Bréfritari: Lárus Bjarnason
Dagsetning: A-1875-01-18
Skrifað á: Vesturheimi

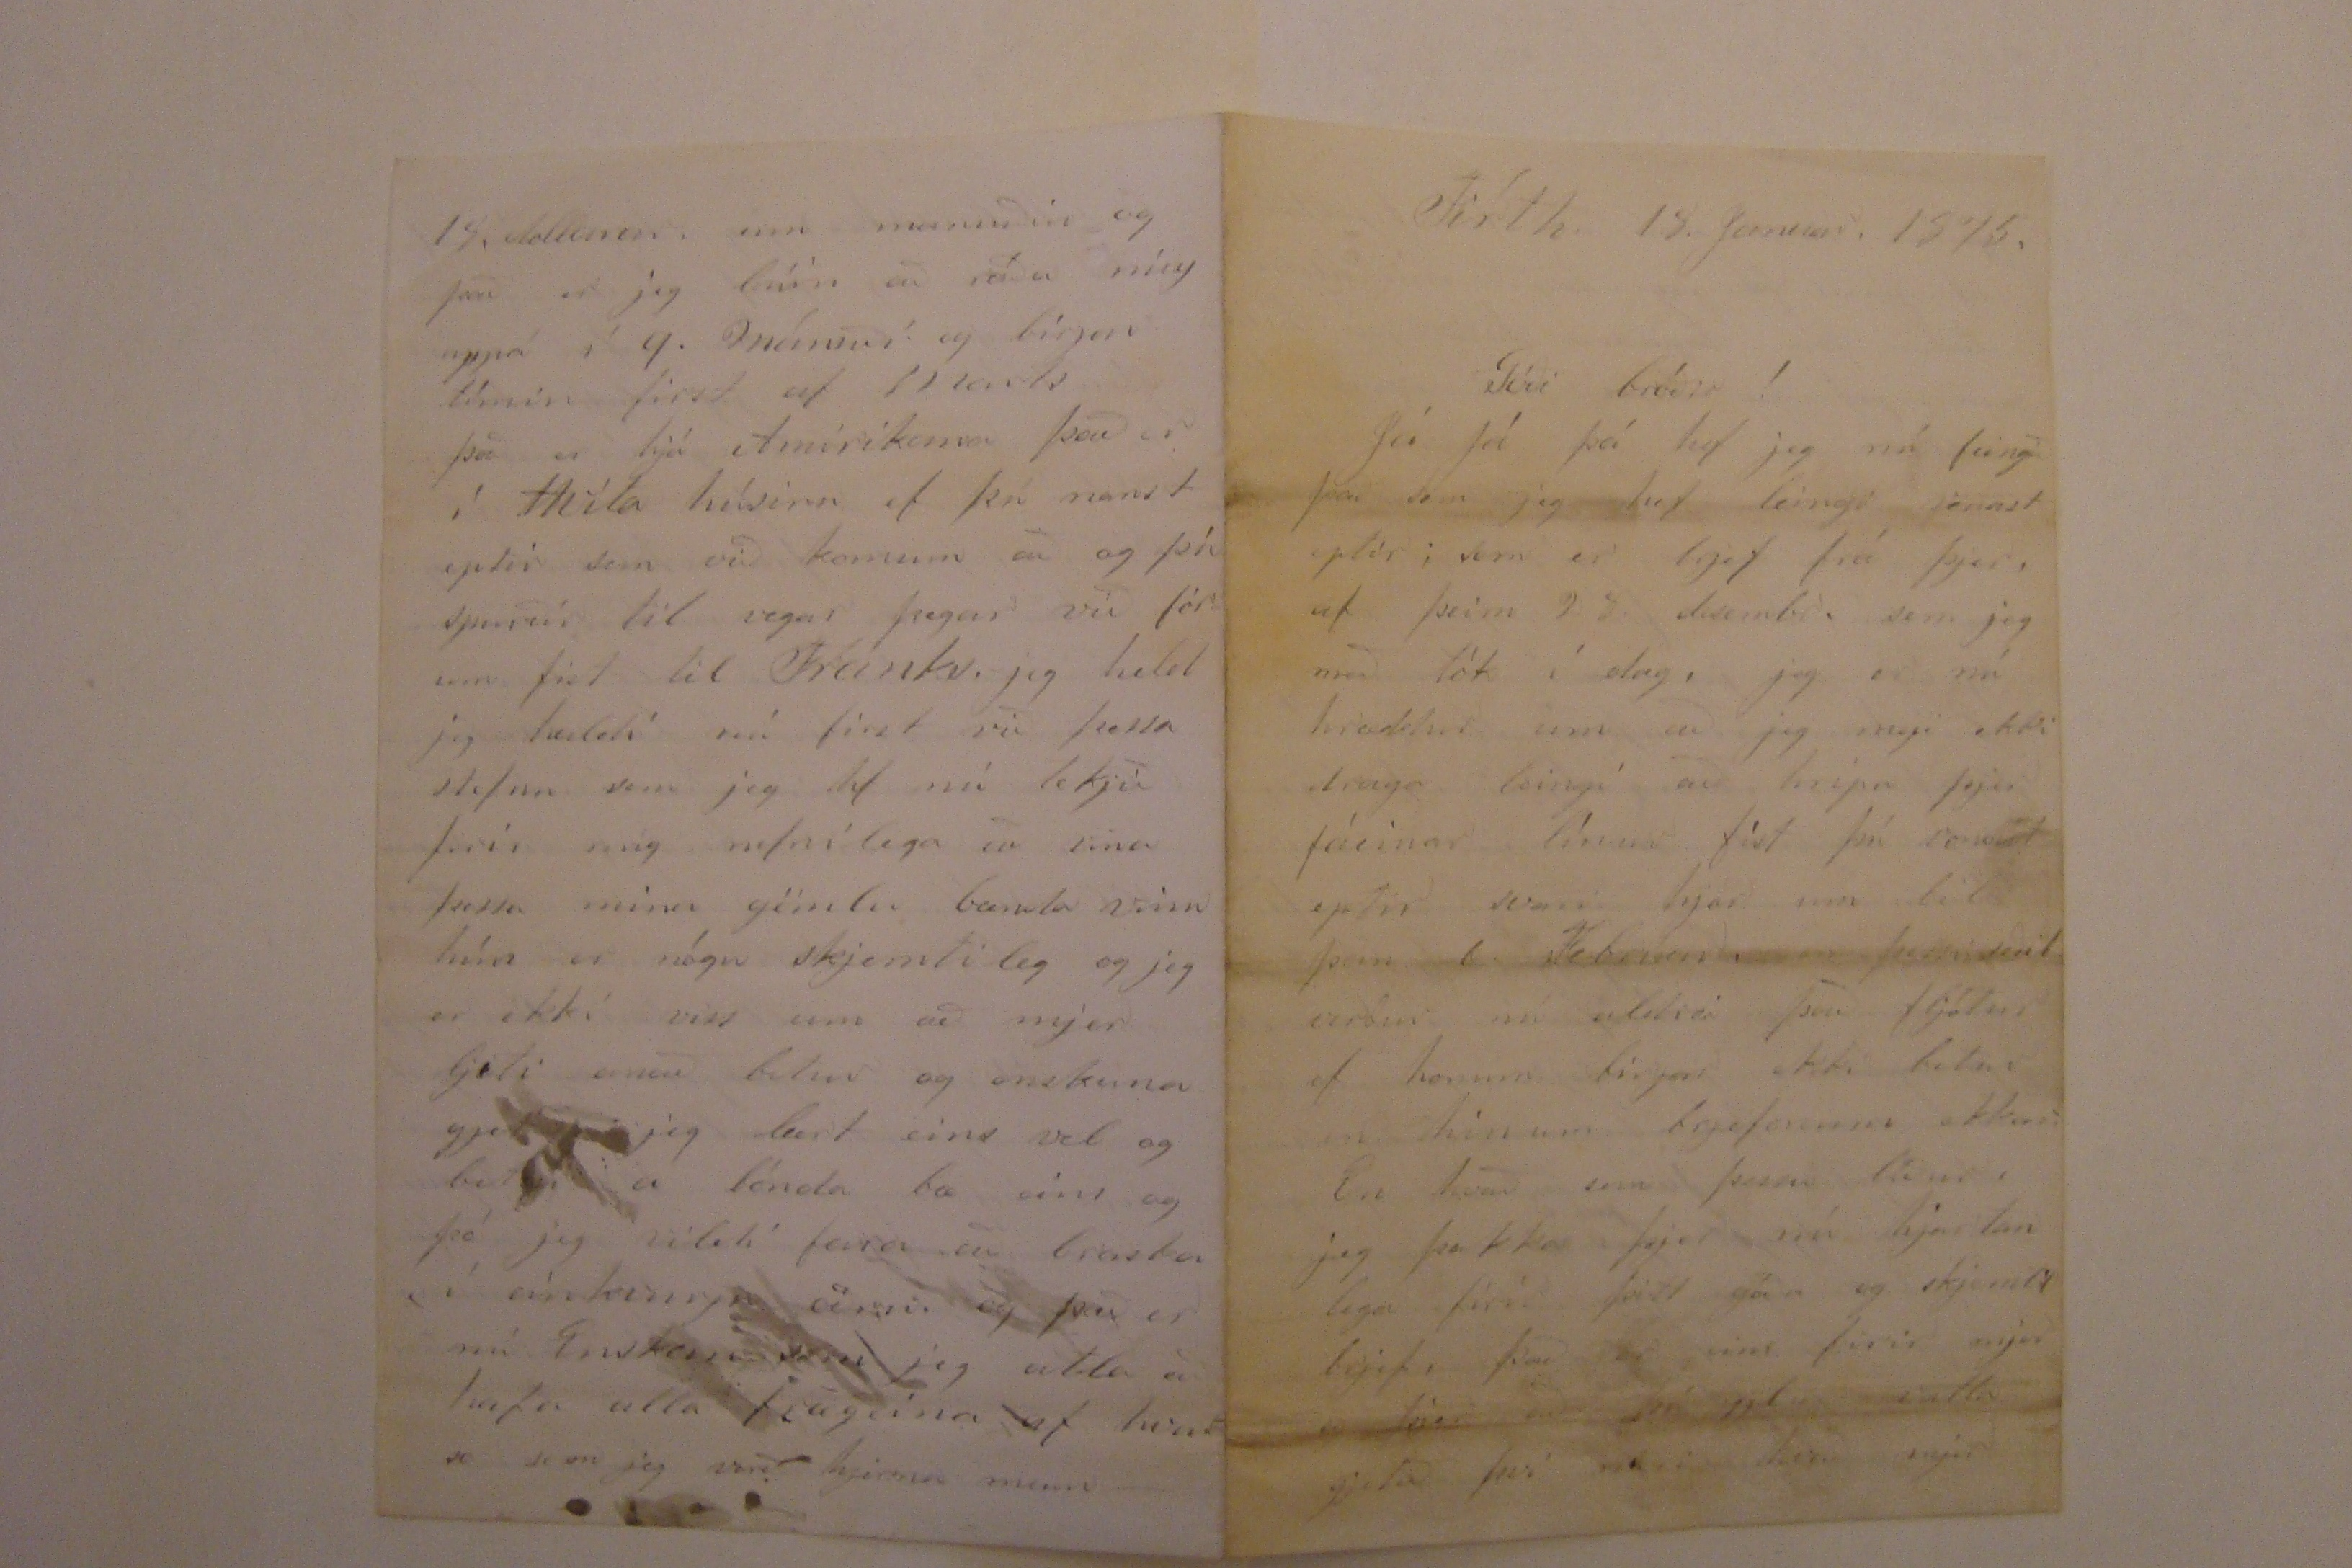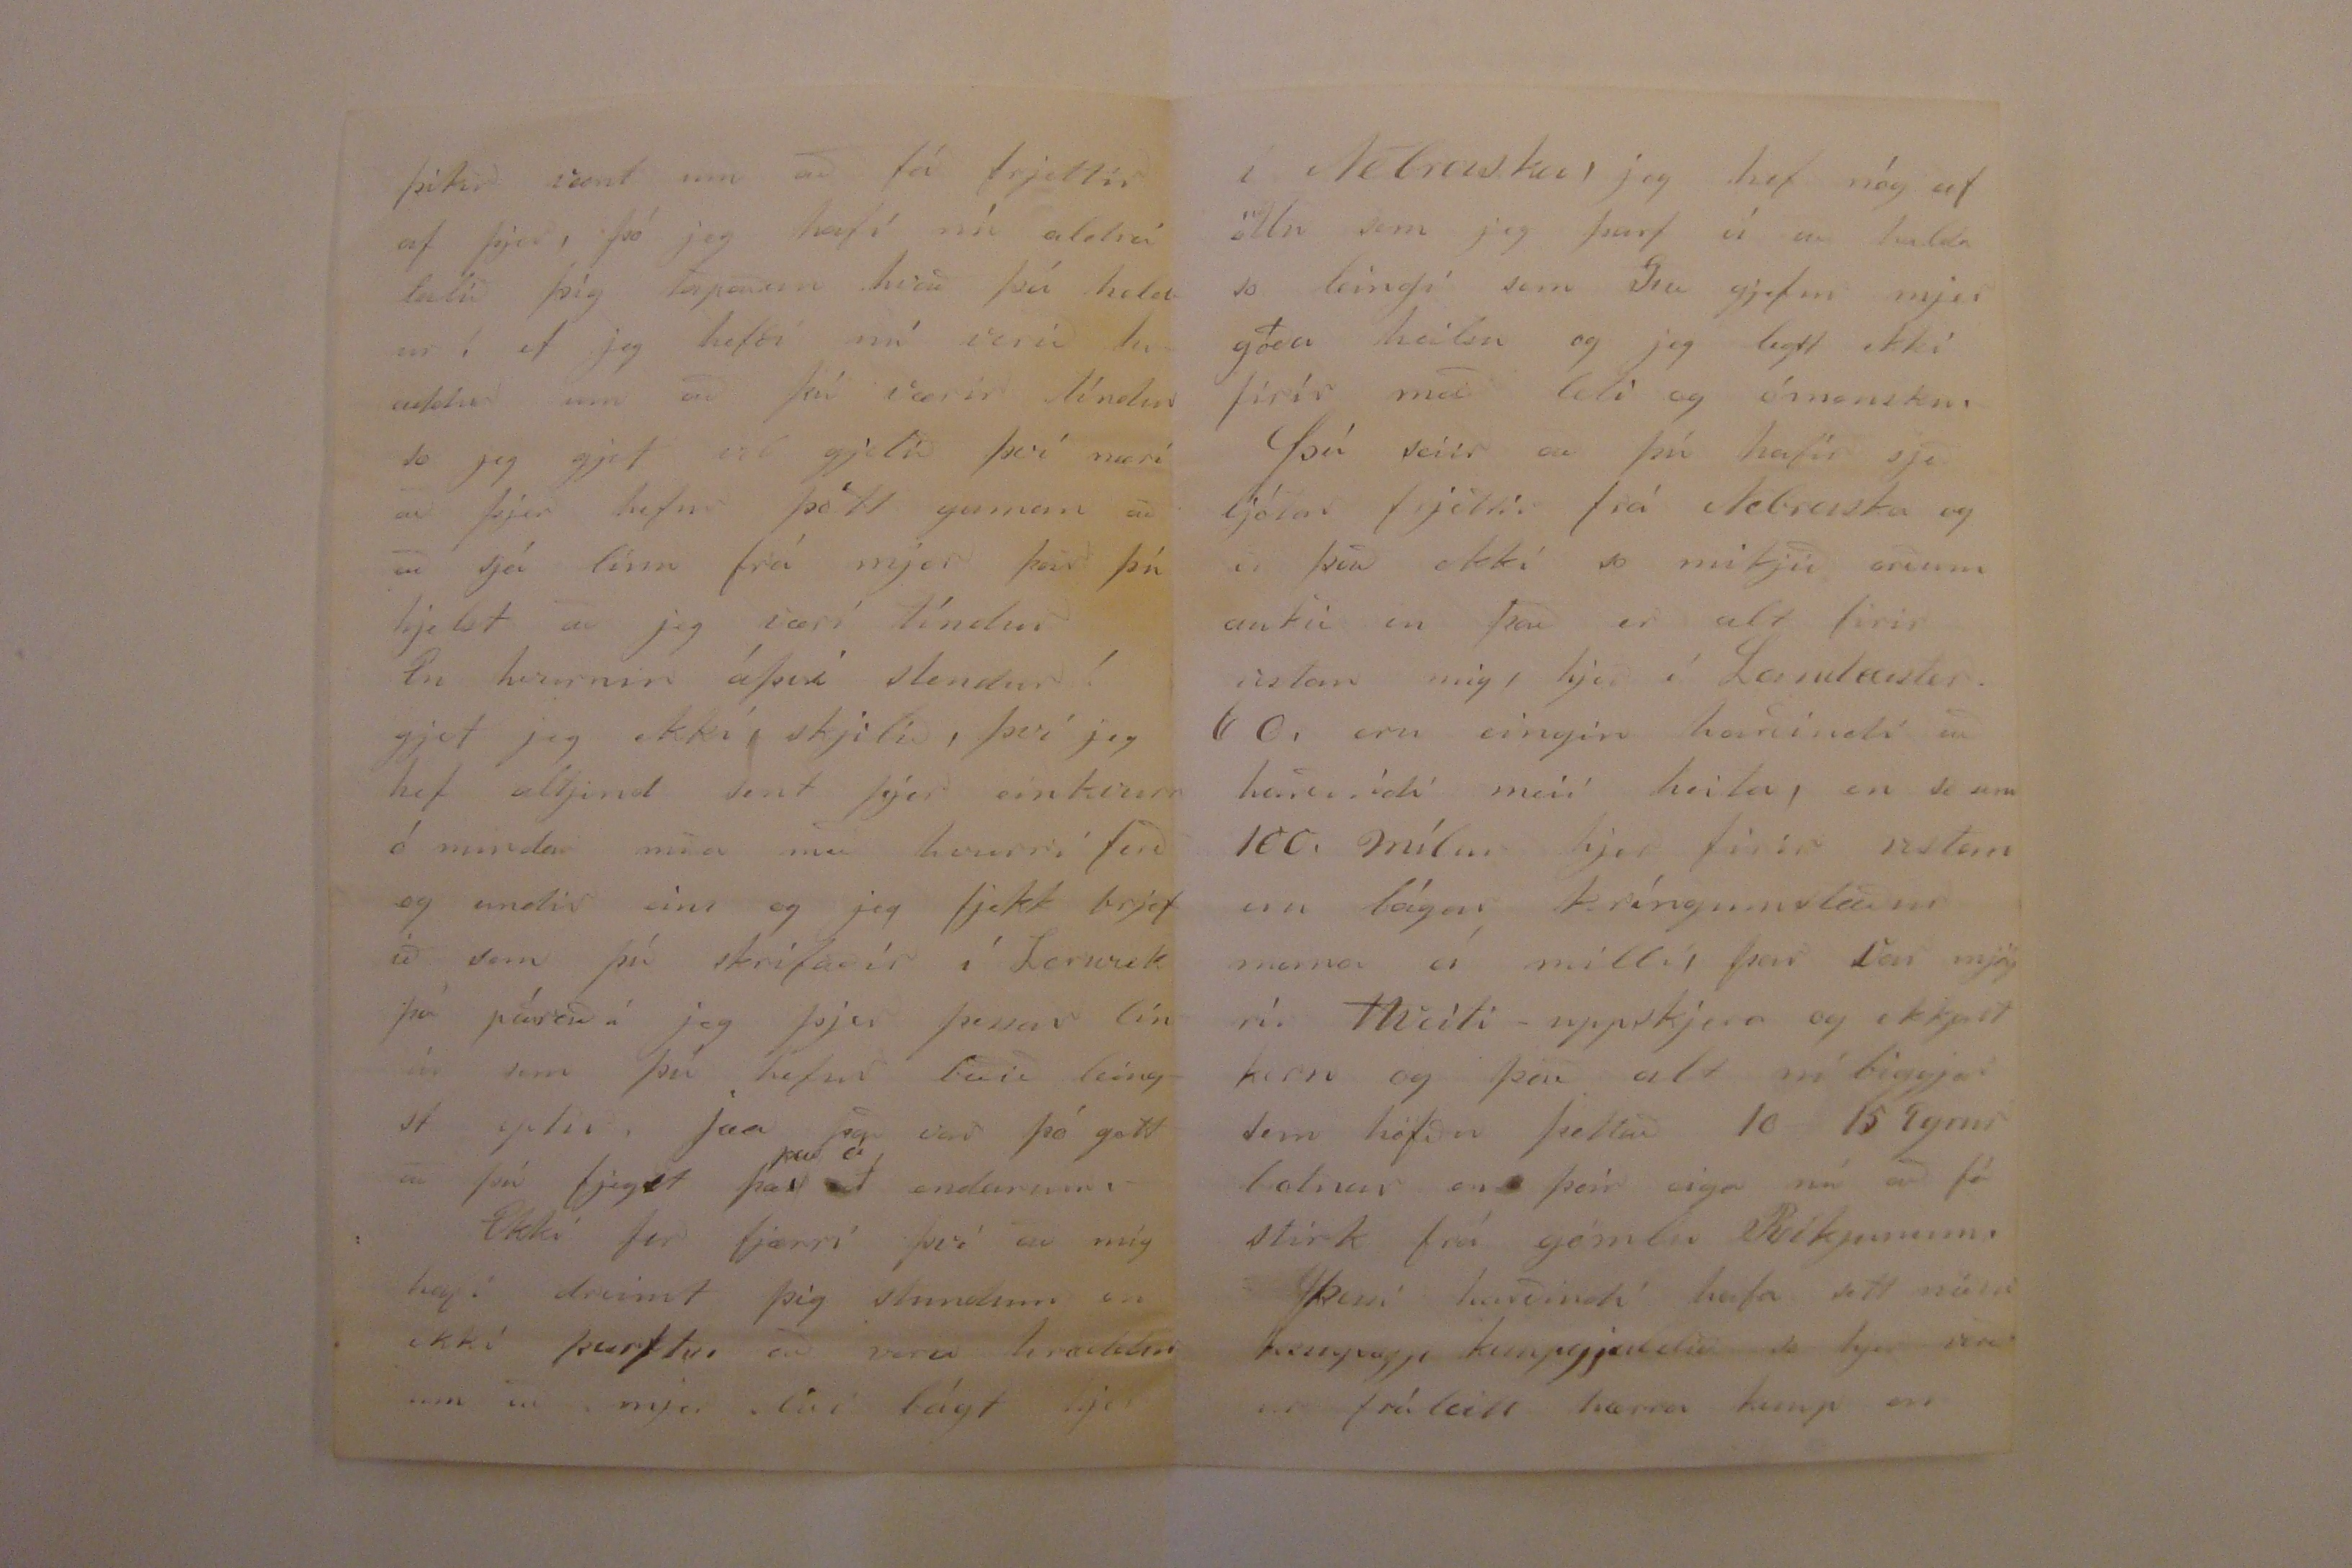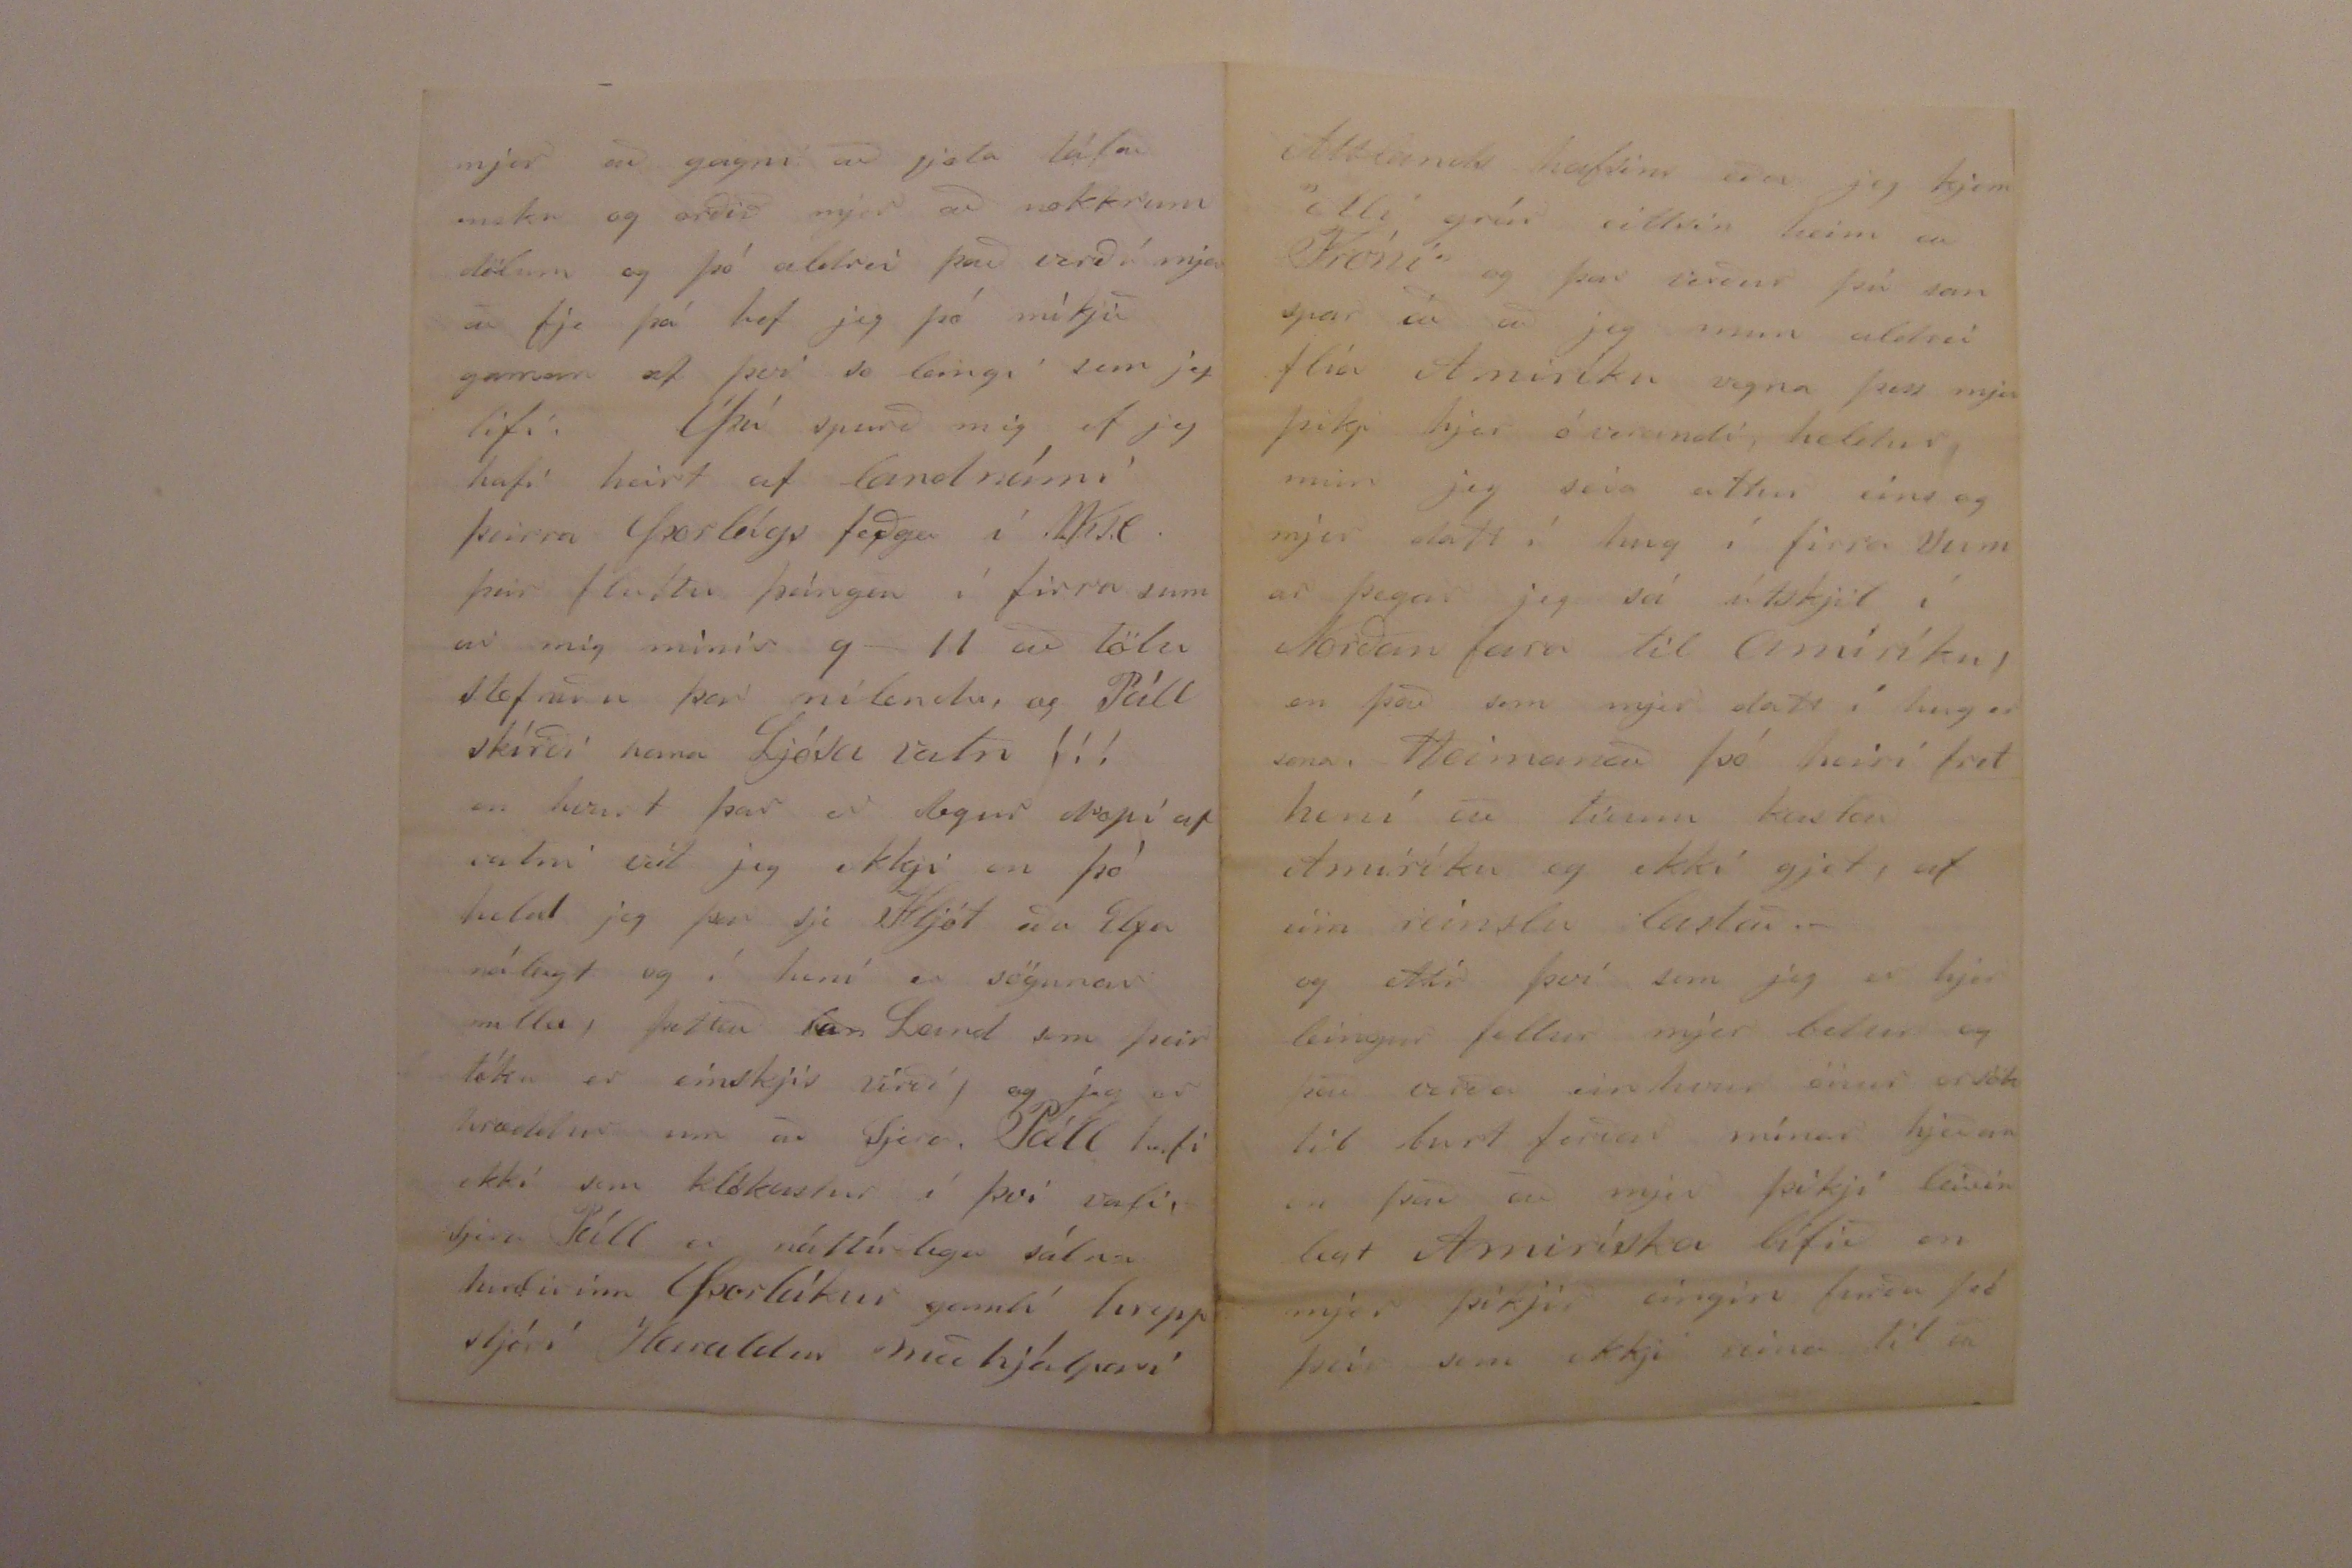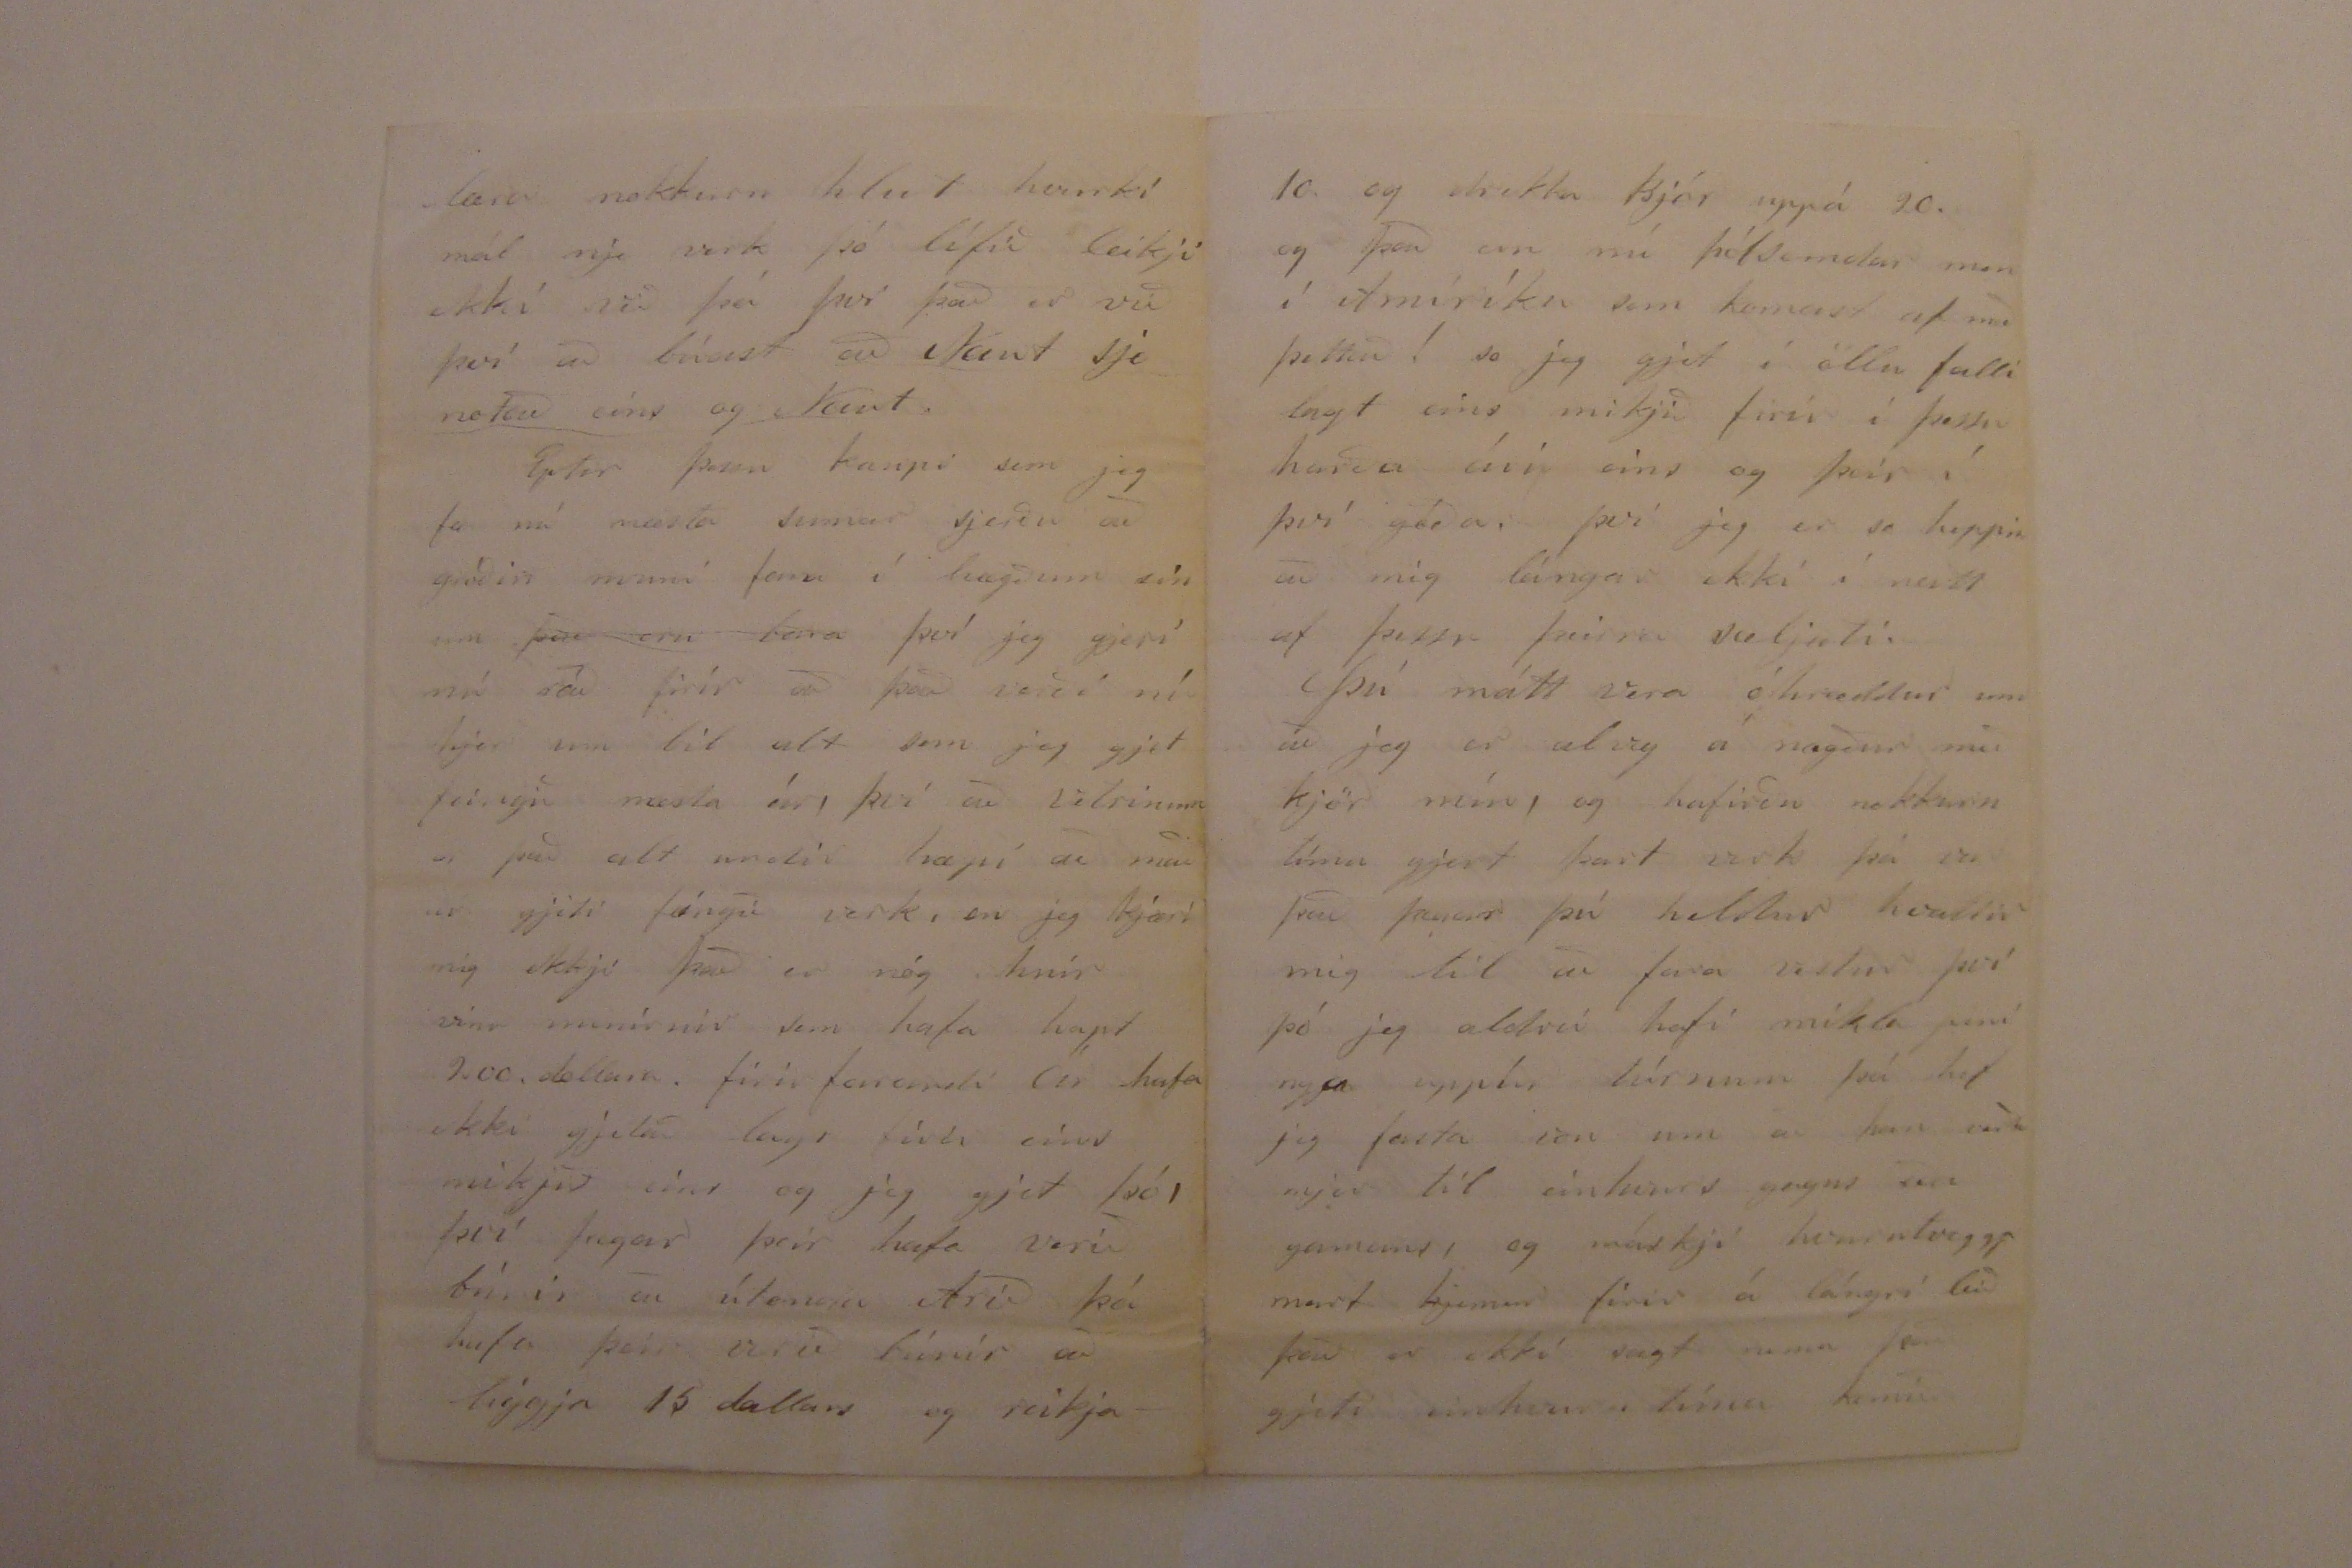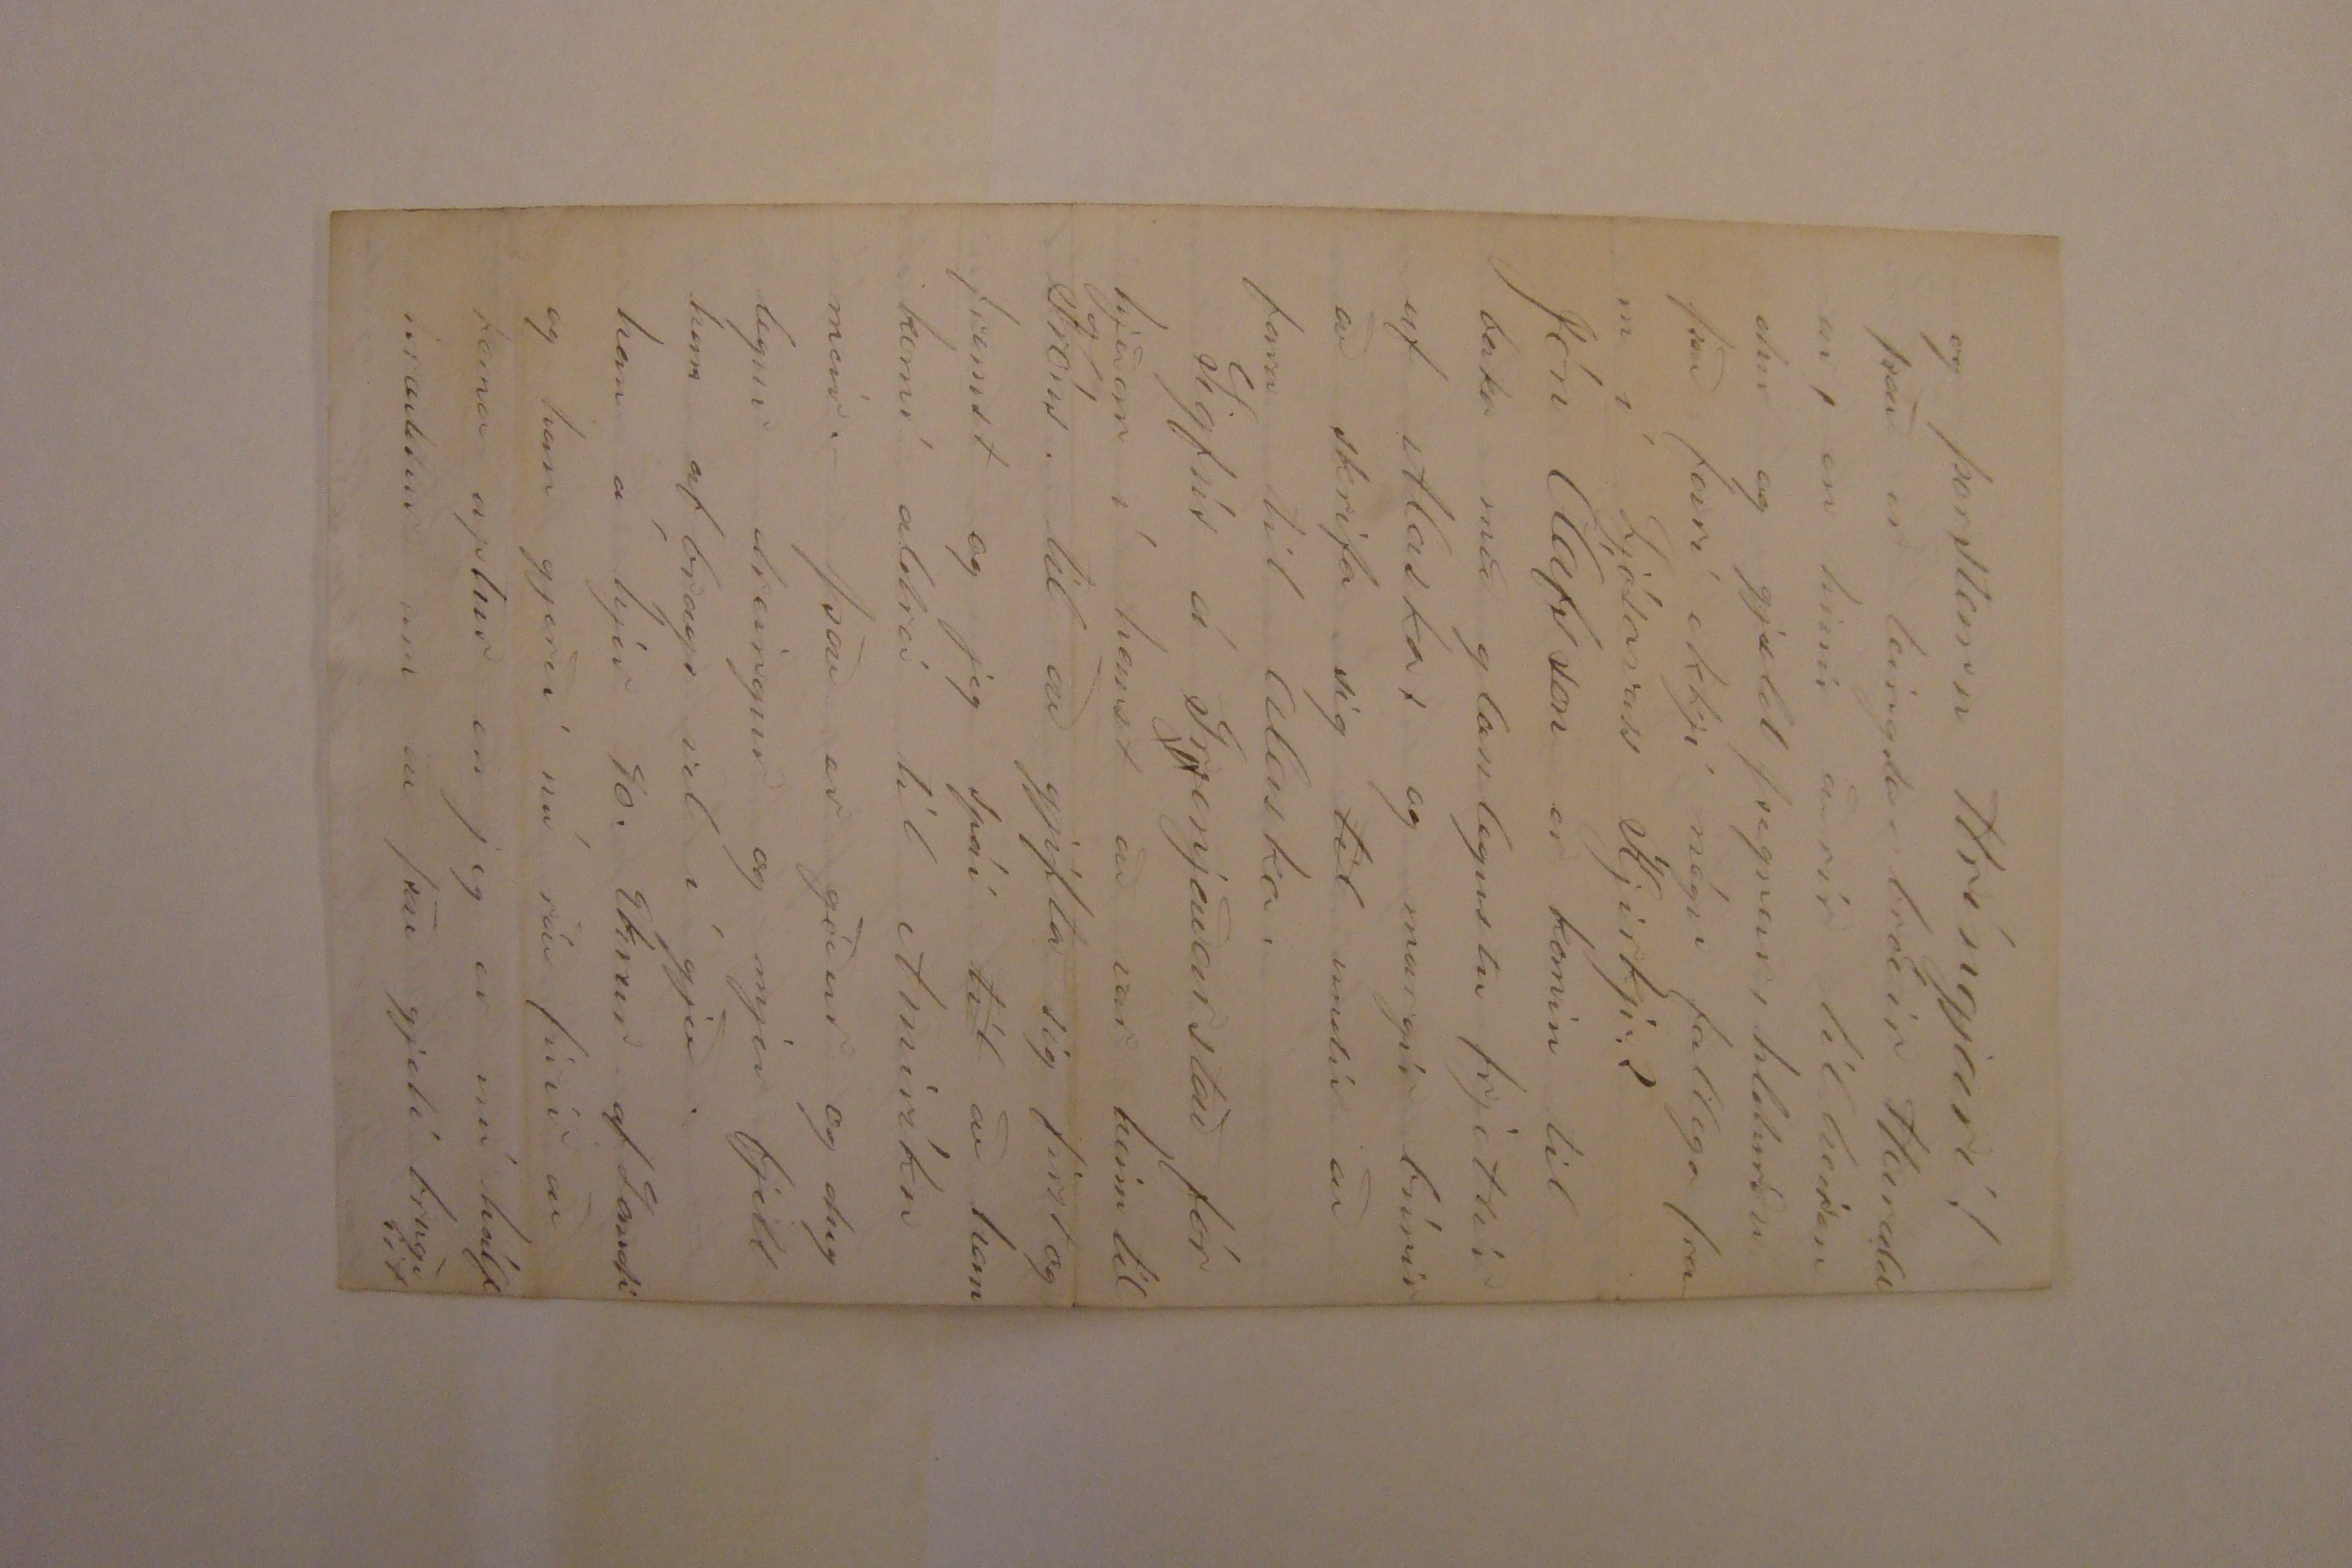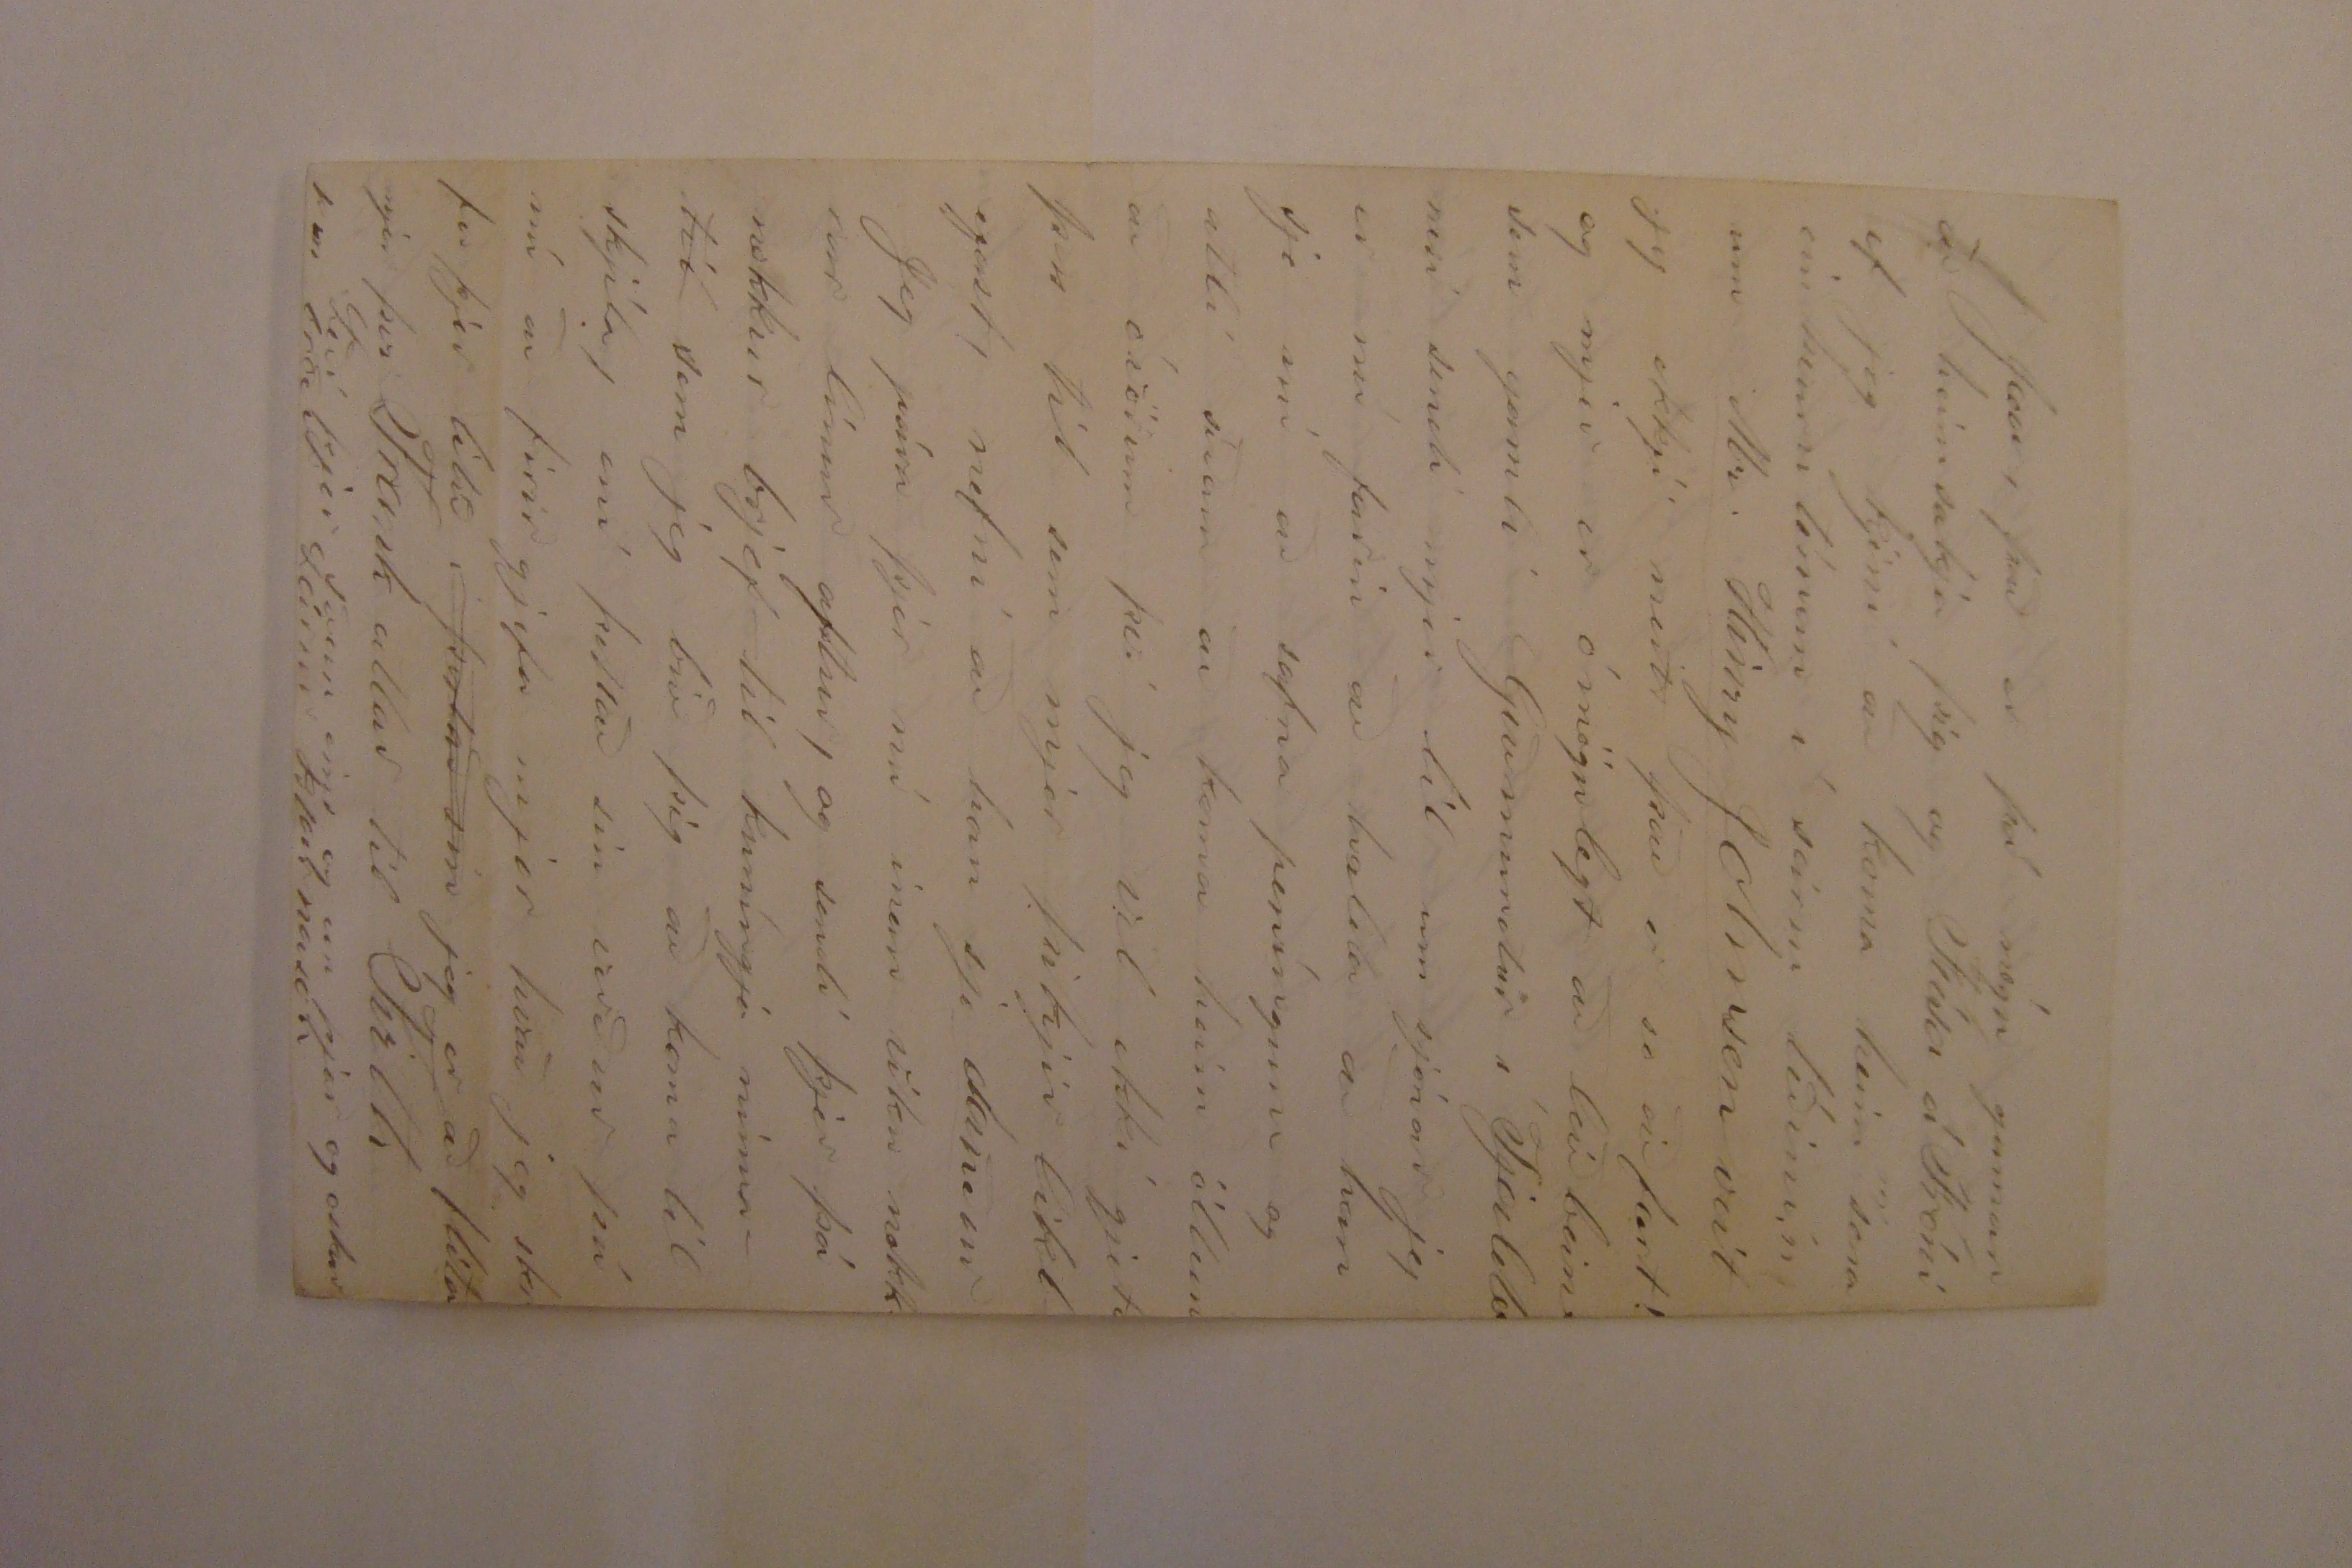

Firth 18. Januar. 1875.
Góði bróðir!
Já já þá hef jeg nú feingið það sem jeg hef leingi vonast eptir; sem er brjef frá þjer af þeim 28. desembr. sem jeg með tók í dag. jeg er nú hræddur um að jeg megi ekki draga leingi að hripa þjer fáeinar línur fist þú vonast eptir svari hjer um bil þan 6. Febrúar en þessi seðil verður nú aldrei það fljótur ef honum birjar ekki betur en hinum brjefonum okkar. En hvað sem þessu líður. jeg þakka þjer nú hjartanlega firir þitt góða og skjemtil brjef, það er eins firir mjer og þjer að þú gjetur valla gjetið því næri hvað mjer
þikir vænt um að fá frjettir af þjer, þó jeg hafi nú aldrei talið þig tapaðan hvað þá heldur ! ef jeg hefði nú verið hræddur um að þú værir tíndur so jeg gjet vel gjetið því næri að þjer hefur þótt gaman að að sjá línu frá mjer það þú hjelst að jeg væri tíndur En hvurnin
áþesi
stendur ! gjet jeg ekki skjilið, því jeg hefi altjent sent þjer einkvurn ó mindar miða með hvurri ferð og undir eins og jeg fjekk brjefið sem þú skrifaðir í Lerwik þá páraði jeg þjer þessar línur sem þú hefur beðið leingst eptir. jæa það var þó gott að þú fjegst
það á
það að
endanum.
Ekki fer fjærri því að mig hafi dreimt þig stundum en ekki þarftu að vera hræddur um að mjer 0000 bágt hjer
í Nebraska, jeg hef nóg af öllu sem jeg þarf á að halda so leingi sem Guð gjefur mjer góða heilsu og jeg legst ekki firir með leti og ómensku.
Þú seiir að þú hafir sjeð ljótar frjettir frá Nebraska og er það ekki so mikjið orðum aukið en það er alt firir vestan mig, hjer í Landcaster
co.
eru eingin harðindi að harðindi meii heita, en so sem 100. mílur hjer firir vestan eru bágar kríngumstæður mana á milli, þar var mjög rír Hveiti uppskjera og ekkjert korn og það alt níbiggjar sem hofðu þettað 10-15 Egrur brotnar en þeir eiga nú að fá stirk frá gömlu Ríkjunum.
Þessi harðindi hafa sett 00000
kaupgj
kaupgjaldið so hjer verður fráleitt hærra kaup en
18. dollarar um manuðin og það er jeg búin að ráða mig uppá í 9. mánuði og birjar tímin first af Marts það er hjá Amiríkana það er í Hvíta húsinu ef þú manst eptir sem við komum að og þú spurðir til vegar þegar við fórum fist til Franks. jeg held jeg haldi nú first við þessa stefnu sem jeg hef nú tekjið firir mig nefnilega að vina þessa mina gömlu bænda vinu hún er nógu skjemtileg og jeg er ekki viss um að mjer ljeti anað betur og enskuna gjet jeg lært eins vel og betur a bónda bæ eins og þó jeg vildi fara að braska í einkvurju öðru og það er nú Enskan sem jeg atla að hafa alla frægðina af hvað so sem jeg verð hjerna meiin
Attlands hafsins eða jeg kjem "elli grár eittsin heim að Fróni" og þar verður þú san spar að að jeg mun aldrei flía Amiríku vegna þess mjer þikji hjer óverandi heldur mun jeg seia attur eins og mjer datt í hug í firra sumar þegar jeg sá útskjit í Norðan fara til amiríku en það sem mjer datt í hug er sona. Heimanað þó heiri fret
heni
að tíðum kastað Amiríku og ekki gjet, af eiin reinslu lastað.- og ettir því sem jeg er hjer leingur fellur mjer betur og það verða einhvur önur orsök til burt ferðar minar hjeðan en það að mjer þikji leiðinlegt Amiríska lífið en mjer þikjir eingin furða þó þeir sem ekkji reina til að
læra nokkurn hlut hvurki mál nje verk þó lífið leikji ekki við þá því það er við því að búast
að Naut sje notað eins og Naut.
Eptir þessu kaupi sem jeg fæ nú næsta sumar sjerðu að groðin muni fara í hægðum sínum
það eru bara
því jeg gjeri nú ráð firir að það verði nú hjer um bil alt sem jeg gjet feingið næsta ár, því að vetrinum er það alt undir hæpi að maður gjeti feingið verk, en jeg kjæri mig ekkji það er nóg
hnir
vinu menirnir sem hafa hapt 200. dollara. firir farandi ár hafa ekki gjetað lagt firir eins mikjið eins og jeg gjet þó, því þegar þeir hafa verið búnir að útenda Arið þá hafa þeir verið búnir að biggja 15 dollars og reikja
10. og drekka Bjór uppá 20. og það eru nú þófsemdar men í Amíríku sem komast af með þettað! so jeg gjet í öllu falli lagt eins mikjið firir í þessu harða ári eins og þeir í því góða. því jeg er so heppin að mig lángar ekki í neitt af þessu þeirra sæljæti.
Þú mátt vera óhræddur um að jeg er alveg á nægður með kjör mín, og hafirðu nokkurn tíma gjert þart verk þá er það þegar þú heldur hvattir mig til að fara vestur því þó jeg aldrei hafi mikla peninga uppúr túrnum þá hef jeg fasta
von
um að han verði mjer til einhvurs gagns eða gamans, og máskje hvurutveggja mart kjemur firir á lángri leið það er ekki sagt nema það gjeti einhvurntíma komið
mjer að gagni að gjeta
talað
ensku og orðið mjer að nokkrum dölum og þó aldrei það verði mjer að fje þá hef jeg þó mikjið gaman af því so leingi sem jeg lifi. Þú spurð mig ef jeg hafi heirt af landnámi þeirra Þorlágs feðga í Nisl. þeir fluttu þángað í firra sumar mig minir 9-11 að tölu stofnuðu þar nílendu og Páll skírði hana Ljósavatn!!! en hvurt þar er digur dropi af vatni veit jeg ekki en þó held jeg þar sje Fljót eða 0l0a nálagt og í heni er sögunar milla, þettað
lan
Land sem þeir tóku er einskjis virði, og jeg er hræddur um að Sjera Páll hafi ekki sem klókastur í því
vafi,
Sjera Páll er náttúrlega sálar hirðirinn Þorlákur gamli hreppstjóri Haraldur meðhjálpari
og þorsteirn Hríngjari! það er teingdarbróðir Haraldar, en hinir aðrir tilheirendur og gjaldþegnar, hldurðu það fari ekkji nógu fallega fram í Ljósavass Kjirkju?
Jón Ólafsson er komin til baka með glæsilegustu frjettir af Alaska og margir búnir að skrifa sig
til
undir að fara til alaska.
Sigfús á Grenjaðarstað fór hjeðan í haust að var heim til Fróns. til að gjifta sig first og fremst og jeg spái
til
að han komi aldrei til Amiríku meir. það er góður og duglegur dreingur og mjer fjell han afbragðs vel í gjeð. han á hjer 80. Ekrur af Landi og han gjerði nú ráð firir að koma aptur en jeg er nú hálf hræddur um að það gjeti brugðist
Jæa, það er þá nógu gaman að heimsækja þig og Fúsa á Fróni ef jeg kjini að koma heim "sona einhvurntíman í seirni tíðini„ um Mr. Henry Johnsen veit jeg ekkji neitt það er so
viðfast
! og mjer er ómögulegt að leiðbeina sem gamli Guðmundur í Tjaldanesi sendi mjer til um sjónar jeg er nú farin að halda að han sje nú að safna peníngum og atli síðan að koma heim öllum að óvörum því jeg vil ekki gjeta þess til sem mjer þikir líklegast, nefni að han sje dauður
Jeg pára þjer nú inan viku nokkrar línur aptur, og sendi þjer þá nokkur brjef til kuníngja minna
til
sem jeg bið þig að koma til skjila, ení þettað sin verður þú nú að firirgjefa mjer hvað jeg skrifa þjer lítið
í þettað sin
jeg er að flíta mjer því Frank atlar til Firth
Liði þjer síðan eins og 00 þjer og oskar þin broðir Lárus Bjarnason